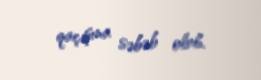
qaçışına səbəb olub.